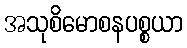
အသုစိမောစနပစ္စယာ